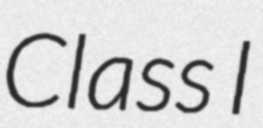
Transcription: Class I